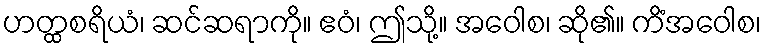
ဟတ္ထစရိယံ၊ ဆင်ဆရာကို။ ဧဝံ၊ ဤသို့။ အဝေါစ၊ ဆို၏။ ကိံအဝေါစ၊